Problem: 4 × 3 = ?
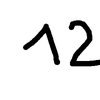
Handwritten answer: 12